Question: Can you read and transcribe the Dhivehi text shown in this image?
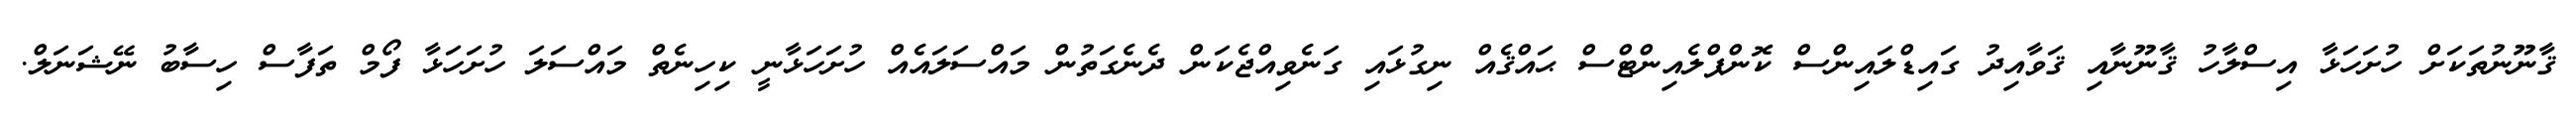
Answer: ޤާނޫނުތަކަށް ހުށަހަޅާ އިސްލާހު ޤާނޫނާއި ޤަވާއިދު ގައިޑްލައިންސް ކޮންޕްލެއިންޓްސް ޙައްޤެއް ނިގުޅައި ގަނެވިއްޖެކަން ދެނެގަތުން މައްސަލައެއް ހުށަހަޅާނީ ކިހިނެތް މައްސަލަ ހުށަހަޅާ ފޯމް ތަފާސް ހިސާބު ނޭޝަނަލް.